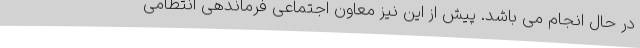
در حال انجام می باشد. پیش از این نیز معاون اجتماعی فرماندهی انتظامی